Annual vaccination report of Bihar and Orissa - 1911-1928
Year: 1911
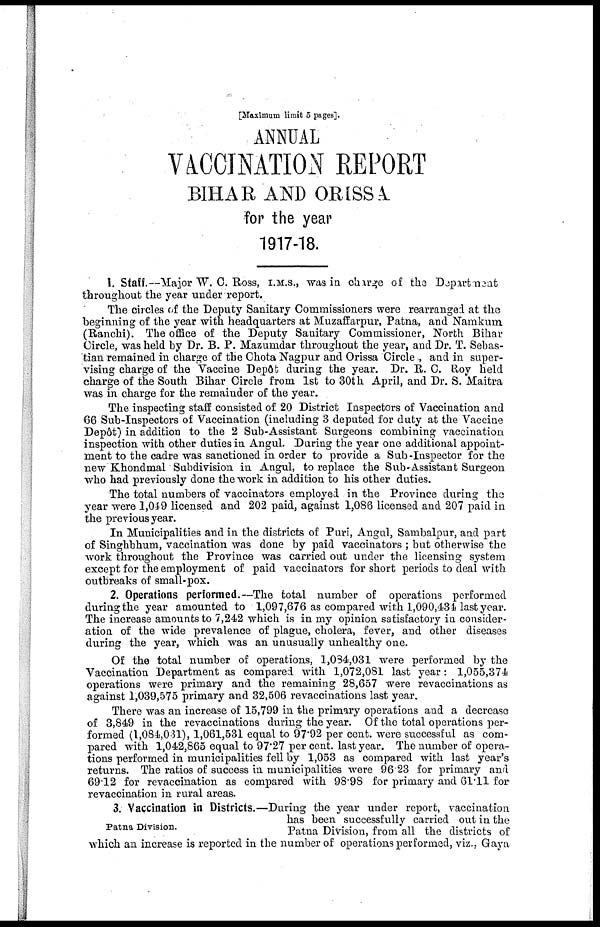
[Maximum limit 5 pages].
ANNUAL
VACCINATION REPORT
BIHAR AND ORISSA
for the year
1917-18.
1. Staff.—Major W. C. Ross, I.M.S., was in charge of the Department
throughout the year under report.
The circles of the Deputy Sanitary Commissioners were rearranged at the
beginning of the year with headquarters at Muzaffarpur, Patna, and Namkum
(Ranchi). The office of the Deputy Sanitary Commissioner, North Bihar
Circle, was held by Dr. B. P. Mazumdar throughout the year, and Dr. T. Sebas-
tian remained in charge of the Chota Nagpur and Orissa Circle , and in super-
vising charge of the Vaccine Depôt during the year. Dr. R. C. Roy held
charge of the South Bihar Circle from 1st to 30th April, and Dr. S. Maitra
was in charge for the remainder of the year.
The inspecting staff consisted of 20 District Inspectors of Vaccination and
66 Sub-Inspectors of Vaccination (including 3 deputed for duty at the Vaccine
Depôt) in addition to the 2 Sub-Assistant Surgeons combining vaccination
inspection with other duties in Angul. During the year one additional appoint-
ment to the cadre was sanctioned in order to provide a Sub -Inspector for the
new Khondmal Subdivision in Angul, to replace the Sub-Assistant Surgeon
who had previously done the work in addition to his other duties.
The total numbers of vaccinators employed in the Province during the
year were 1,049 licensed and 202 paid, against 1,086 licensed and 207 paid in
the previous year.
In Municipalities and in the districts of Puri, Angul, Sambalpur, and part
of Singhbhum, vaccination was done by paid vaccinators ; but otherwise the
work throughout the Province was carried out under the licensing system
except for the employment of paid vaccinators for short periods to deal with
outbreaks of small-pox.
2. Operations performed.—The total number of operations performed
during the year amounted to 1,097,676 as compared with 1,090,434 last year.
The increase amounts to 7,242 which is in my opinion satisfactory in consider-
ation of the wide prevalence of plague, cholera, fever, and other diseases
during the year, which was an unusually unhealthy one.
Of the total number of operations, 1,084,031 were performed by the
Vaccination Department as compared with 1,072,081 last year: 1,055,374
operations were primary and the remaining 28,657 were revaccinations as
against 1,039,575 primary and 32,506 revaccinations last year.
There was an increase of 15,799 in the primary operations and a decrease
of 3,849 in the revaccinations during the year. Of the total operations per-
formed (1,084,031), 1,061,531 equal to 97.92 per cent. were successful as com-
pared with 1,042,865 equal to 97.27 per cent. last year. The number of opera-
tions performed in municipalities fell by 1,053 as compared with last year's
returns. The ratios of success in municipalities were 96.23 for primary and
69.12 for revaccination as compared with 98.98 for primary and 61.11 for
revaccination in rural areas.
Patna Division.
3. Vaccination in Districts.—During the year under report, vaccination
has been successfully carried out in the
Patna Division, from all the districts of
which an increase is reported in the number of operations performed, viz., Gaya